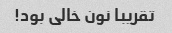
تقریبا نون خالی بود!